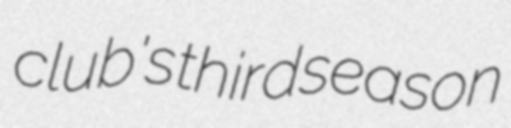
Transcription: club's third season